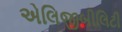
એલિજીબીલિટી